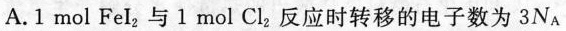
A.1 mol FeI_{2}与1 mol Cl_{2}反应时转移的电子数为3N_{A}